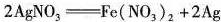
$$2AgNO_{3}=Fe(NO_{3})_{2}+2Ag$$